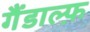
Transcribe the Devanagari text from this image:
गैंडाल्फ़